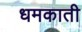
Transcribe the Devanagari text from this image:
धमकाती